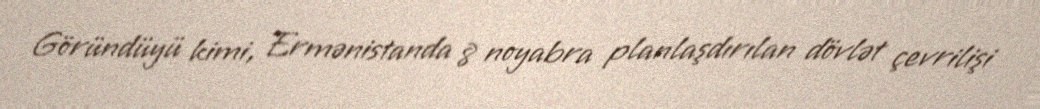
Göründüyü kimi, Ermənistanda 8 noyabra planlaşdırılan dövlət çevrilişi